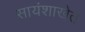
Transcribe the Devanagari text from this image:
सायंशाखेत